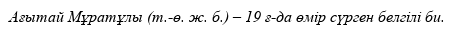
Ағытай Мұратұлы (т.-ө. ж. б.) – 19 ғ-да өмір сүрген белгілі би.